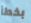
بخطأ